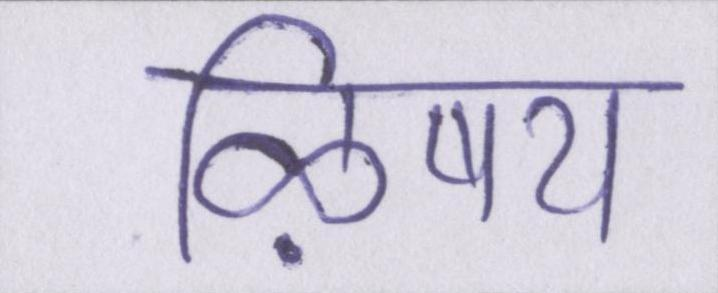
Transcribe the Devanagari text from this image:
ऴिषय